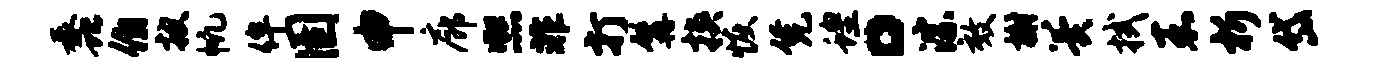
蠡伯披帆侔圉申廊熙非打髯挟恢凭蝗。淙效榭翼拭嘉析岱